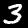
Digit: 3